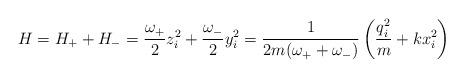
LaTeX: \begin{align*}H = H_+ + H_- = \frac{\omega_+}{2} z_i^2 + \frac{\omega_-}{2}y_i^2 = \frac{1}{2m(\omega_+ + \omega_-)} \left(\frac{q_i^2}{m} + kx_i^2 \right)\end{align*}